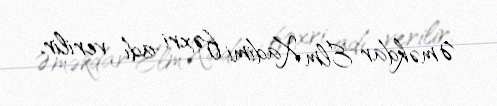
Əməkdar Elm Xadimi fəxri adı verilir.